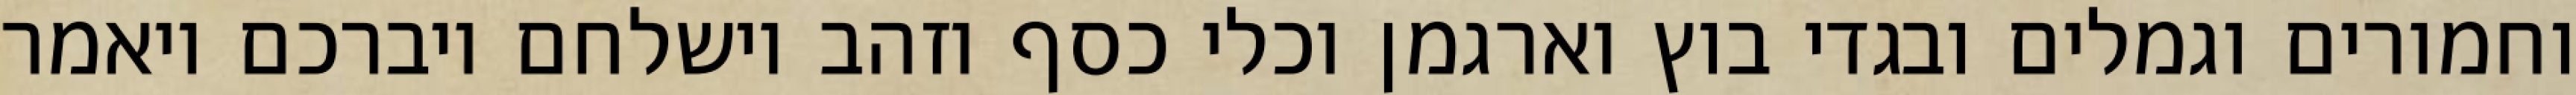
וחמורים וגמלים ובגדי בוץ וארגמן וכלי כסף וזהב וישלחם ויברכם ויאמר